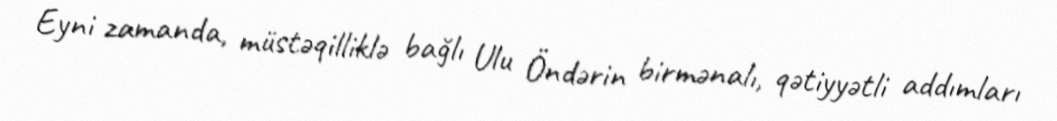
Eyni zamanda, müstəqilliklə bağlı Ulu Öndərin birmənalı, qətiyyətli addımları